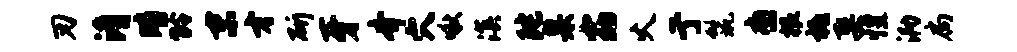
刃淆晴龄末才斫牙齐穴啾溟陀臬窈火亍鬣裔根祗娶惶泐扃